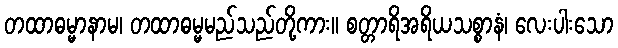
တထာဓမ္မာနာမ၊ တထာဓမ္မမည်သည်တို့ကား။ စတ္တာရိအရိယသစ္စာနံ၊ လေးပါးသော